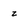
Character: z